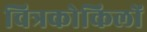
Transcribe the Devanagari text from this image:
चित्रकोकिलों